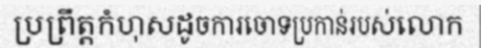
ប្រព្រឹត្តកំហុសដូចការចោទប្រកាន់របស់លោក